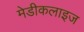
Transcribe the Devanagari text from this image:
मेडीकलाइज